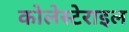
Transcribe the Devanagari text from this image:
कोलेस्टेराइल